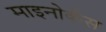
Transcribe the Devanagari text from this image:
माइनोर्कंस